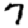
Digit: 7